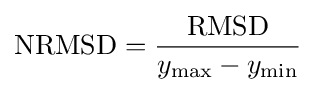
\mathrm {NRMSD} ={\frac {\mathrm {RMSD} }{y_{\max }-y_{\min }}}